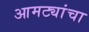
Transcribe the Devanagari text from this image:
आमट्यांचा